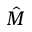
\hat { M }